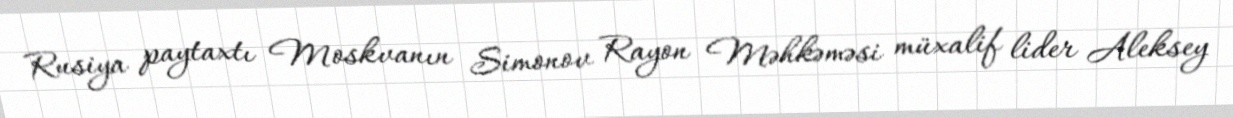
Rusiya paytaxtı Moskvanın Simonov Rayon Məhkəməsi müxalif lider Aleksey